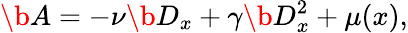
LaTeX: \b{A}=-\nu\b{D}_{x}+\gamma\b{D}_{x}^{2}+\mu(x),